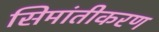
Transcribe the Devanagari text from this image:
सिमांतीकरण